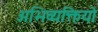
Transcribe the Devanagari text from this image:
अभिव्यक्तियो